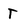
Character: T